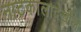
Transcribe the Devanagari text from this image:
नाटकालादेखील